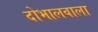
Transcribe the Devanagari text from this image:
दोभालवाला